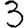
Digit: 3